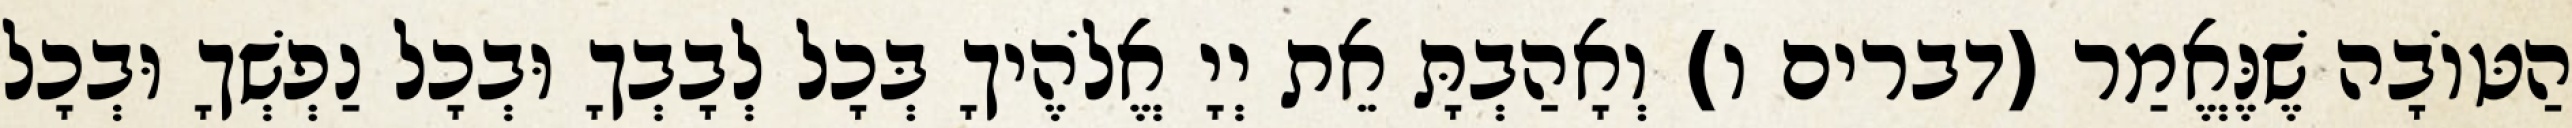
הַטּוֹבָה שֶׁנֶּאֱמַר (דברים ו) וְאָהַבְתָּ אֵת יְיָ אֱלֹהֶיךָ בְּכָל לְבָבְךָ וּבְכָל נַפְשְׁךָ וּבְכָל